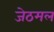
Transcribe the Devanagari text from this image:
जेठमल